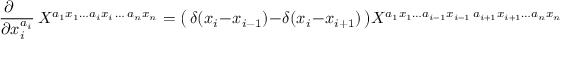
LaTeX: \frac { \partial \phantom { i i i } } { \partial x _ { i } ^ { a _ { i } } } \, X ^ { a _ { 1 } x _ { 1 } \ldots a _ { i } x _ { i } \, \ldots \, a _ { n } x _ { n } } = \bigl ( \, \delta ( x _ { i } - x _ { i - 1 } ) - \delta ( x _ { i } - x _ { i + 1 } ) \, \bigr ) X ^ { a _ { 1 } x _ { 1 } \ldots a _ { i - 1 } x _ { i - 1 } \, a _ { i + 1 } x _ { i + 1 } \ldots a _ { n } x _ { n } }